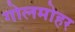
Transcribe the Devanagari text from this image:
गोलमोहर